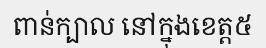
ពាន់ក្បាល នៅក្នុងខេត្ត៥